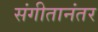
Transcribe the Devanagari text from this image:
संगीतानंतर